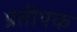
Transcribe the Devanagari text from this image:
प्रतीपक